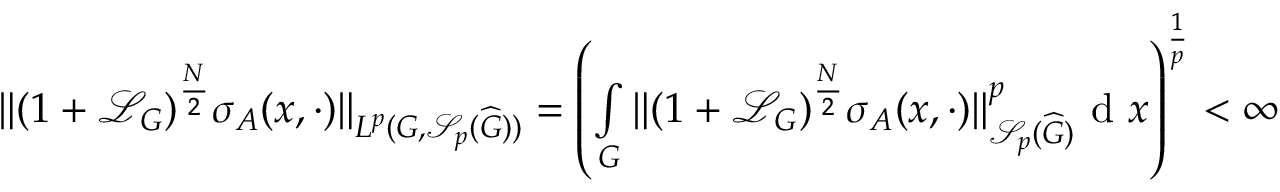
\Vert ( 1 + \mathcal { L } _ { G } ) ^ { \frac { N } { 2 } } \sigma _ { A } ( x , \cdot ) \Vert _ { L ^ { p } ( G , \mathscr { S } _ { p } ( \widehat { G } ) ) } = \left( \smallint _ { G } \Vert ( 1 + \mathcal { L } _ { G } ) ^ { \frac { N } { 2 } } \sigma _ { A } ( x , \cdot ) \Vert _ { \mathscr { S } _ { p } ( \widehat { G } ) } ^ { p } \textnormal { d } x \right) ^ { \frac { 1 } { p } } < \infty